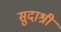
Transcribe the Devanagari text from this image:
सुदाश्री